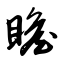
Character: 瞻